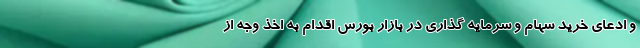
و ادعای خرید سهام و سرمایه گذاری در بازار بورس اقدام به اخذ وجه از